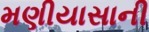
મણીયાસાની